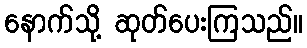
နောက်သို့ ဆုတ်ပေးကြသည်။